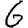
Digit: 6